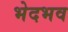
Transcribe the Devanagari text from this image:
भेदभव